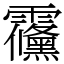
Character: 䨹